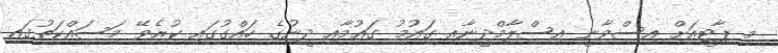
މި ޕާޓީއަށް އިސްވާނީ އިސްލާމްދީނާއި ގައުމު ގައުމާއި ދީނުގެ ހައްގުގައި ކުރެވޭ މަސައްކަތުގައި